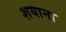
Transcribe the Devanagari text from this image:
शयाना